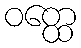
ဝတ္ထေ